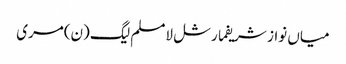
میاں نواز شریفمارشل لامسلم لیگ (ن)مری